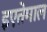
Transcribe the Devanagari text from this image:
इएतेमाल